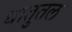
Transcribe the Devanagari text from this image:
धातुतल